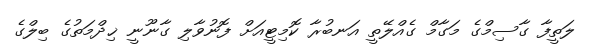
ލަތީފާ ގާސިމްގެ މަގާމް ގެއްލޭތީ އަނބުރާ ކޮމިޓީއަށް ފޮނުވާލި ގާނޫނީ ޚިދްމަތުގެ ބިލްގެ